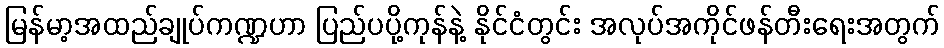
မြန်မာ့အထည်ချုပ်ကဏ္ဍဟာ ပြည်ပပို့ကုန်နဲ့ နိုင်ငံတွင်း အလုပ်အကိုင်ဖန်တီးရေးအတွက်